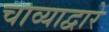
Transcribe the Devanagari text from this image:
चाव्याद्वारे